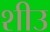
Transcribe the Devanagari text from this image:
शीउ